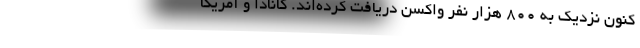
کنون نزدیک به ۸۰۰ هزار نفر واکسن دریافت کرده‌اند. کانادا و آمریکا